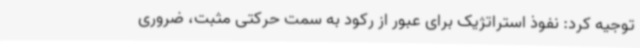
توجیه کرد: نفوذ استراتژیک برای عبور از رکود به سمت حرکتی مثبت، ضروری